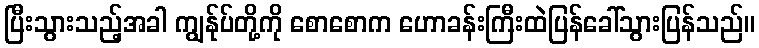
ပြီးသွားသည့်အခါ ကျွန်ုပ်တို့ကို စောစောက ဟောခန်းကြီးထဲပြန်ခေါ်သွားပြန်သည်။